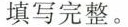
填写完整。